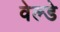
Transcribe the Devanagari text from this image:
वेल्डे